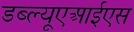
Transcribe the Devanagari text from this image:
डब्ल्यूएआईएस